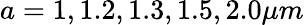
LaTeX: a=1,1.2,1.3,1.5,2.0\mu m